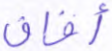
أفاق